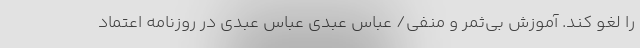
را لغو کند. آموزش بی‌ثمر و منفی/ عباس عبدی عباس عبدی در روزنامه اعتماد